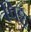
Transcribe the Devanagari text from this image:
पिठ्ठू